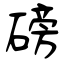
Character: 磅